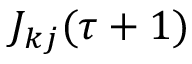
J _ { k j } ( \tau + 1 )